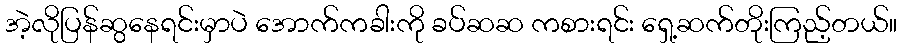
အဲ့လိုပြန်ဆွနေရင်းမှာပဲ အောက်ကခါးကို ခပ်ဆဆ ကစားရင်း ရှေ့ဆက်တိုးကြည့်တယ်။